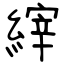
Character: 縡